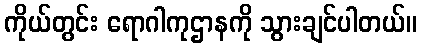
ကိုယ်တွင်း ရောဂါကုဌာနကို သွားချင်ပါတယ်။